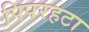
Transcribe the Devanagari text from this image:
पिपरहटा